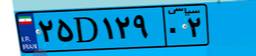
۲۵D۱۲۹۰۲